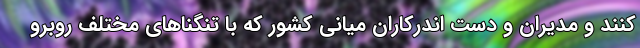
کنند و مدیران و دست اندرکاران میانی کشور که با تنگناهای مختلف روبرو